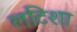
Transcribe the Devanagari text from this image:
लटिशा